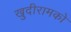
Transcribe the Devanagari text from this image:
खुदीरामको